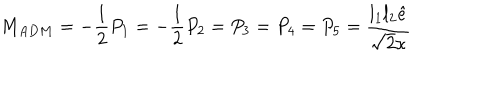
M _ { A D M } = - \frac 1 2 P _ { 1 } = - \frac 1 2 P _ { 2 } = P _ { 3 } = P _ { 4 } = P _ { 5 } = \frac { l _ { 1 } l _ { 2 } \hat { e } } { \sqrt { 2 } \kappa }